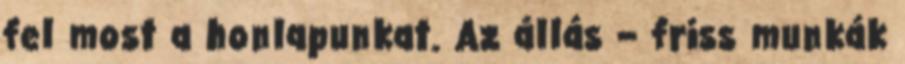
fel most a honlapunkat. Az állás – friss munkák